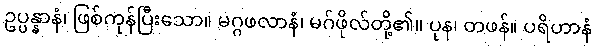
ဥပ္ပန္နာနံ၊ ဖြစ်ကုန်ပြီးသော။ မဂ္ဂဖလာနံ၊ မဂ်ဖိုလ်တို့၏။ ပုန၊ တဖန်။ ပရိဟာနံ